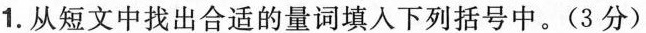
1.从短文中找出合适的量词填入下列括号中。(3分)